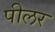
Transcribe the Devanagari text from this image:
पीलर